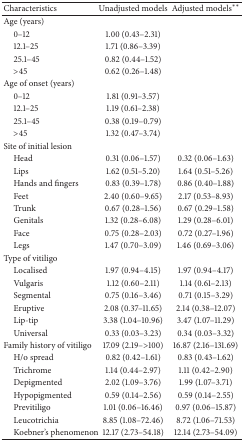
<table><thead><tr><td><b>Characteristics</b></td><td><b>Unadjusted models</b></td><td><b>Adjusted models**</b></td></tr></thead><tbody><tr><td>Age (years)</td><td> </td><td> </td></tr><tr><td> 0–12</td><td>1.00 (0.43–2.31)</td><td> </td></tr><tr><td> 12.1–25</td><td>1.71 (0.86–3.39)</td><td> </td></tr><tr><td> 25.1–45</td><td>0.82 (0.44–1.52)</td><td> </td></tr><tr><td> &gt;45</td><td>0.62 (0.26–1.48)</td><td> </td></tr><tr><td>Age of onset (years)</td><td> </td><td> </td></tr><tr><td> 0–12</td><td>1.81 (0.91–3.57)</td><td> </td></tr><tr><td> 12.1–25</td><td>1.19 (0.61–2.38)</td><td> </td></tr><tr><td> 25.1–45</td><td>0.38 (0.19–0.79)</td><td> </td></tr><tr><td> &gt;45</td><td>1.32 (0.47–3.74)</td><td> </td></tr><tr><td>Site of initial lesion</td><td> </td><td> </td></tr><tr><td> Head</td><td>0.31 (0.06–1.57)</td><td>0.32 (0.06–1.63)</td></tr><tr><td> Lips</td><td>1.62 (0.51–5.20)</td><td>1.64 (0.51–5.26)</td></tr><tr><td> Hands and fingers</td><td>0.83 (0.39–1.78)</td><td>0.86 (0.40–1.88)</td></tr><tr><td> Feet</td><td>2.40 (0.60–9.65)</td><td>2.17 (0.53–8.93)</td></tr><tr><td> Trunk</td><td>0.67 (0.28–1.56)</td><td>0.67 (0.29–1.58)</td></tr><tr><td> Genitals</td><td>1.32 (0.28–6.08)</td><td>1.29 (0.28–6.01)</td></tr><tr><td> Face</td><td>0.75 (0.28–2.03)</td><td>0.72 (0.27–1.96)</td></tr><tr><td> Legs</td><td>1.47 (0.70–3.09)</td><td>1.46 (0.69–3.06)</td></tr><tr><td>Type of vitiligo</td><td> </td><td> </td></tr><tr><td> Localised</td><td>1.97 (0.94–4.15)</td><td>1.97 (0.94–4.17)</td></tr><tr><td> Vulgaris</td><td>1.12 (0.60–2.11)</td><td>1.14 (0.61–2.13)</td></tr><tr><td> Segmental</td><td>0.75 (0.16–3.46)</td><td>0.71 (0.15–3.29)</td></tr><tr><td> Eruptive</td><td>2.08 (0.37–11.65)</td><td>2.14 (0.38–12.07)</td></tr><tr><td> Lip-tip</td><td>3.38 (1.04–10.96)</td><td>3.47 (1.07–11.29)</td></tr><tr><td> Universal</td><td>0.33 (0.03–3.23)</td><td>0.34 (0.03–3.32)</td></tr><tr><td>Family history of vitiligo</td><td>17.09 (2.19–&gt;100)</td><td>16.87 (2.16–131.69)</td></tr><tr><td> H/o spread</td><td>0.82 (0.42–1.61)</td><td>0.83 (0.43–1.62)</td></tr><tr><td> Trichrome</td><td>1.14 (0.44–2.97)</td><td>1.11 (0.42–2.90)</td></tr><tr><td> Depigmented</td><td>2.02 (1.09–3.76)</td><td>1.99 (1.07–3.71)</td></tr><tr><td> Hypopigmented</td><td>0.59 (0.14–2.56)</td><td>0.59 (0.14–2.55)</td></tr><tr><td> Previtiligo</td><td>1.01 (0.06–16.46)</td><td>0.97 (0.06–15.87)</td></tr><tr><td> Leucotrichia</td><td>8.85 (1.08–72.46)</td><td>8.72 (1.06–71.53)</td></tr><tr><td> Koebner&#x27;s phenomenon</td><td>12.17 (2.73–54.18)</td><td>12.14 (2.73–54.09)</td></tr></tbody></table>